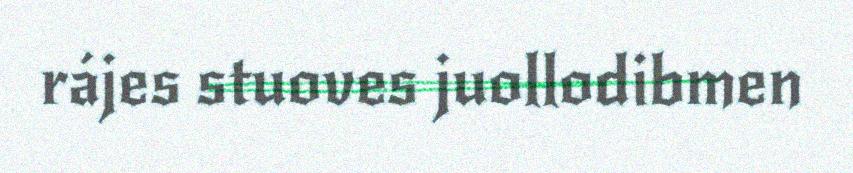
rájes stuoves juollodibmen